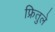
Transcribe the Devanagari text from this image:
फ्रितुले